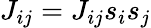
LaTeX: J_{ij}=J_{ij}s_{i}s_{j}